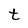
Character: t